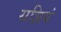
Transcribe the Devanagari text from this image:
यज्ञियं